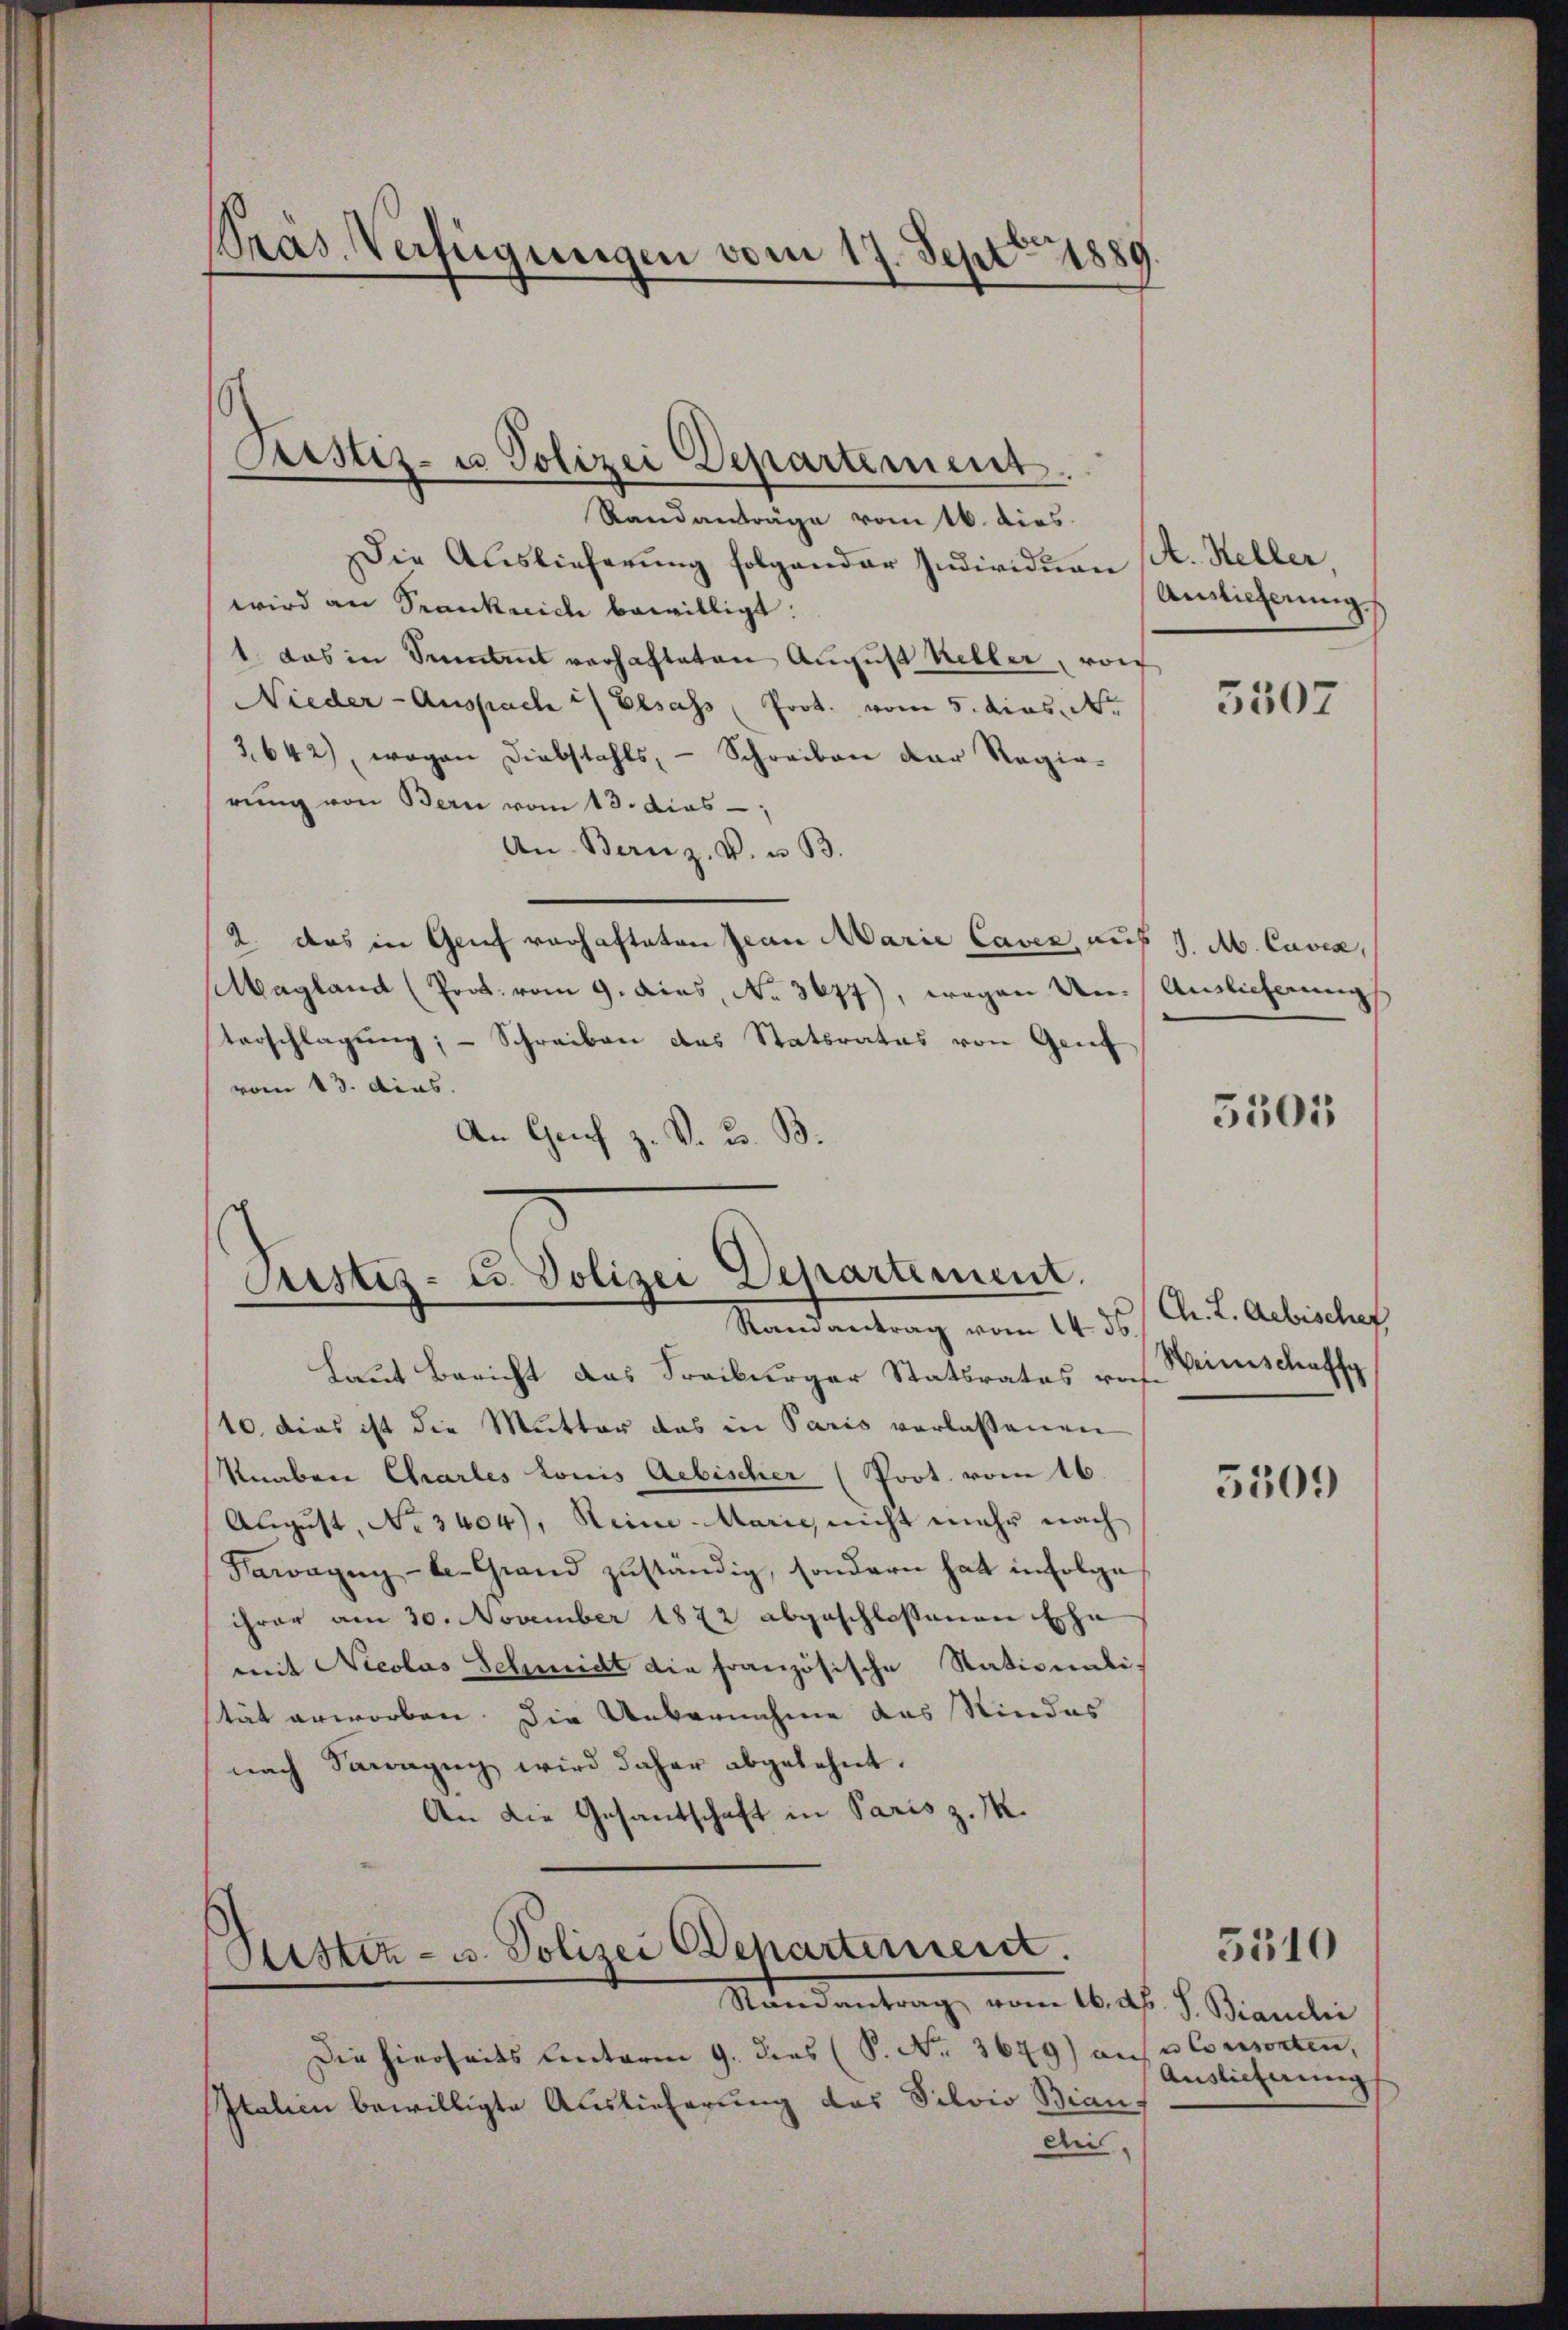
Präs. Verfügungen vom 17. Sept. 1880

g
Pustiz- u Polizei Departement.

Randanträge vom 16. dies
Die Auslieferung folgender Individuen A. Heller
wird an Frankreiche bewilligt:
1 das in Samens verhafteten August Keller, von
Nieder-Auspach u/ Elsass Prot. vom 5. dies. Nr.
3642), wegen Diebstahls, - Schreiben der Regierung von Bern vom 13. dies
An Bernz. V. u. B.
2. das in Genf vorhafteten Jean Marie Caver, auf 1. M. Cavia,
Magland (Prok. vom 9. dies, No. 3677), wegen Un¬
Vorschlagung; - Schreiben das Stattrates von Grief
vom 13. dias.
An Graf z. B. u. B.

Justiz- u. Polizei Departement.
Randantrag vom 14. ds.

Laut Bericht das Freiburger Statsrates ras. Weinschaffe
10. dies ist die Mutter das in Paris verlassenen
Knaben Charles lonis Aebischer (Prot. vom 16.
August, No. 3404), Rein-Marie, nicht mehr nach
Fawagen - le Grand zuständig, sondern hat infolge
ihrer am 30. November 1872 abgeschlossenen Ehe
mit Nicolas Schmidt die französische Stationali-
stät erworben. Die Uebernahme das Kindes
nach Sanazŭg wird daher abgelehnt.
An die Gesandschaft in Paris z. M.

Justiz- u. Polizei Departerniert.
Mandentrag, vom 16. d. J. Baulei

Die hierseits Unterm 9. dies (S. Nr. 3679) auf Consorten,
Italien bewilligte Auslieferung das Silvio Bian
dii,

Auslieferung

5307

Auslieferungs

5305

Ch. L. Aebischef

5509

Auslieferung

5310